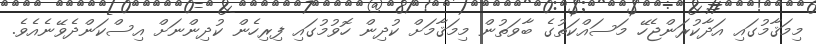
މިމަޤާމުގައި އަދާކުރަންޖެހޭ މަސައްކަތުގެ ބާވަތުން މިމަޤާމަށް ކުދިން ހޮވުމުގައި ފިރިހެން ކުދިންނަށް އިސްކަންދެވޭނެއެވެ.